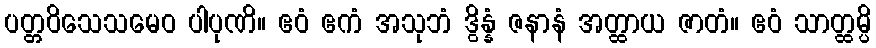
ပတ္တဝိသေသမေဝ ပါပုဏိ။ ဧဝံ ဧကံ အသုဘံ ဒွိန္နံ ဇနာနံ အတ္ထာယ ဇာတံ။ ဧဝံ သာတ္ထမ္ပိ